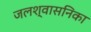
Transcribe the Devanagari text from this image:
जलश्वासनिका